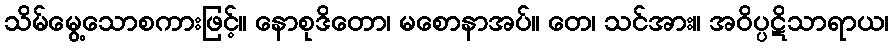
သိမ်မွေ့သောစကားဖြင့်။ နောစုဒိတော၊ မစောနာအပ်။ တေ၊ သင်အား။ အဝိပ္ပဋိသာရာယ၊